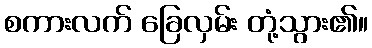
စကားလက် ခြေလှမ်း တုံ့သွား၏။